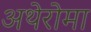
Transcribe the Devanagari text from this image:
अथेरोमा